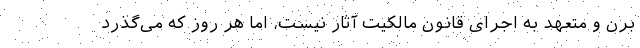
برن و متعهد به اجرای قانون مالکیت آثار نیست، اما هر روز که می‌گذرد